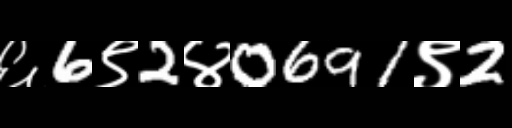
Text: ६6९2४0691९2